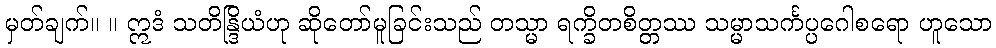
မှတ်ချက်။ ။ ဣဒံ သတိန္ဒြိယံဟု ဆိုတော်မူခြင်းသည် တသ္မာ ရက္ခိတစိတ္တဿ သမ္မာသင်္ကပ္ပဂေါစရော ဟူသော